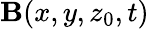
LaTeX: \mathbf{B}(x,y,z_{0},t)